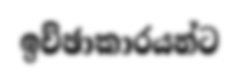
ඉච්ඡාකාරයන්ට